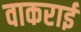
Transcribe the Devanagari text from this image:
वाकराई